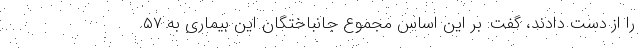
را از دست دادند، گفت: بر این اساس مجموع جانباختگان این بیماری به ۵۷